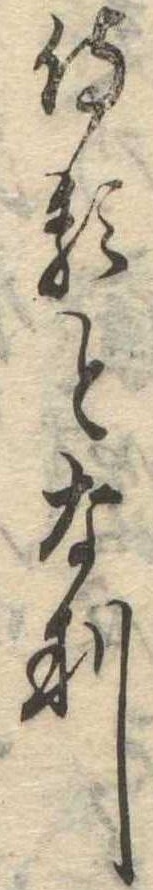
侍るとなり